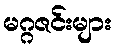
မဂ္ဂဇင်းများ